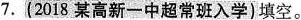
7.(2018某高新一中超常班入学)填空。